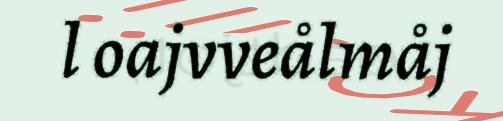
l oajvveålmåj